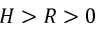
H > R > 0